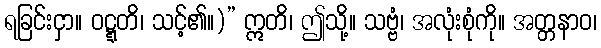
ရခြင်းငှာ။ ဝဋ္ဋတိ၊ သင့်၏။)” ဣတိ၊ ဤသို့။ သဗ္ဗံ၊ အလုံးစုံကို။ အတ္တနာဝ၊